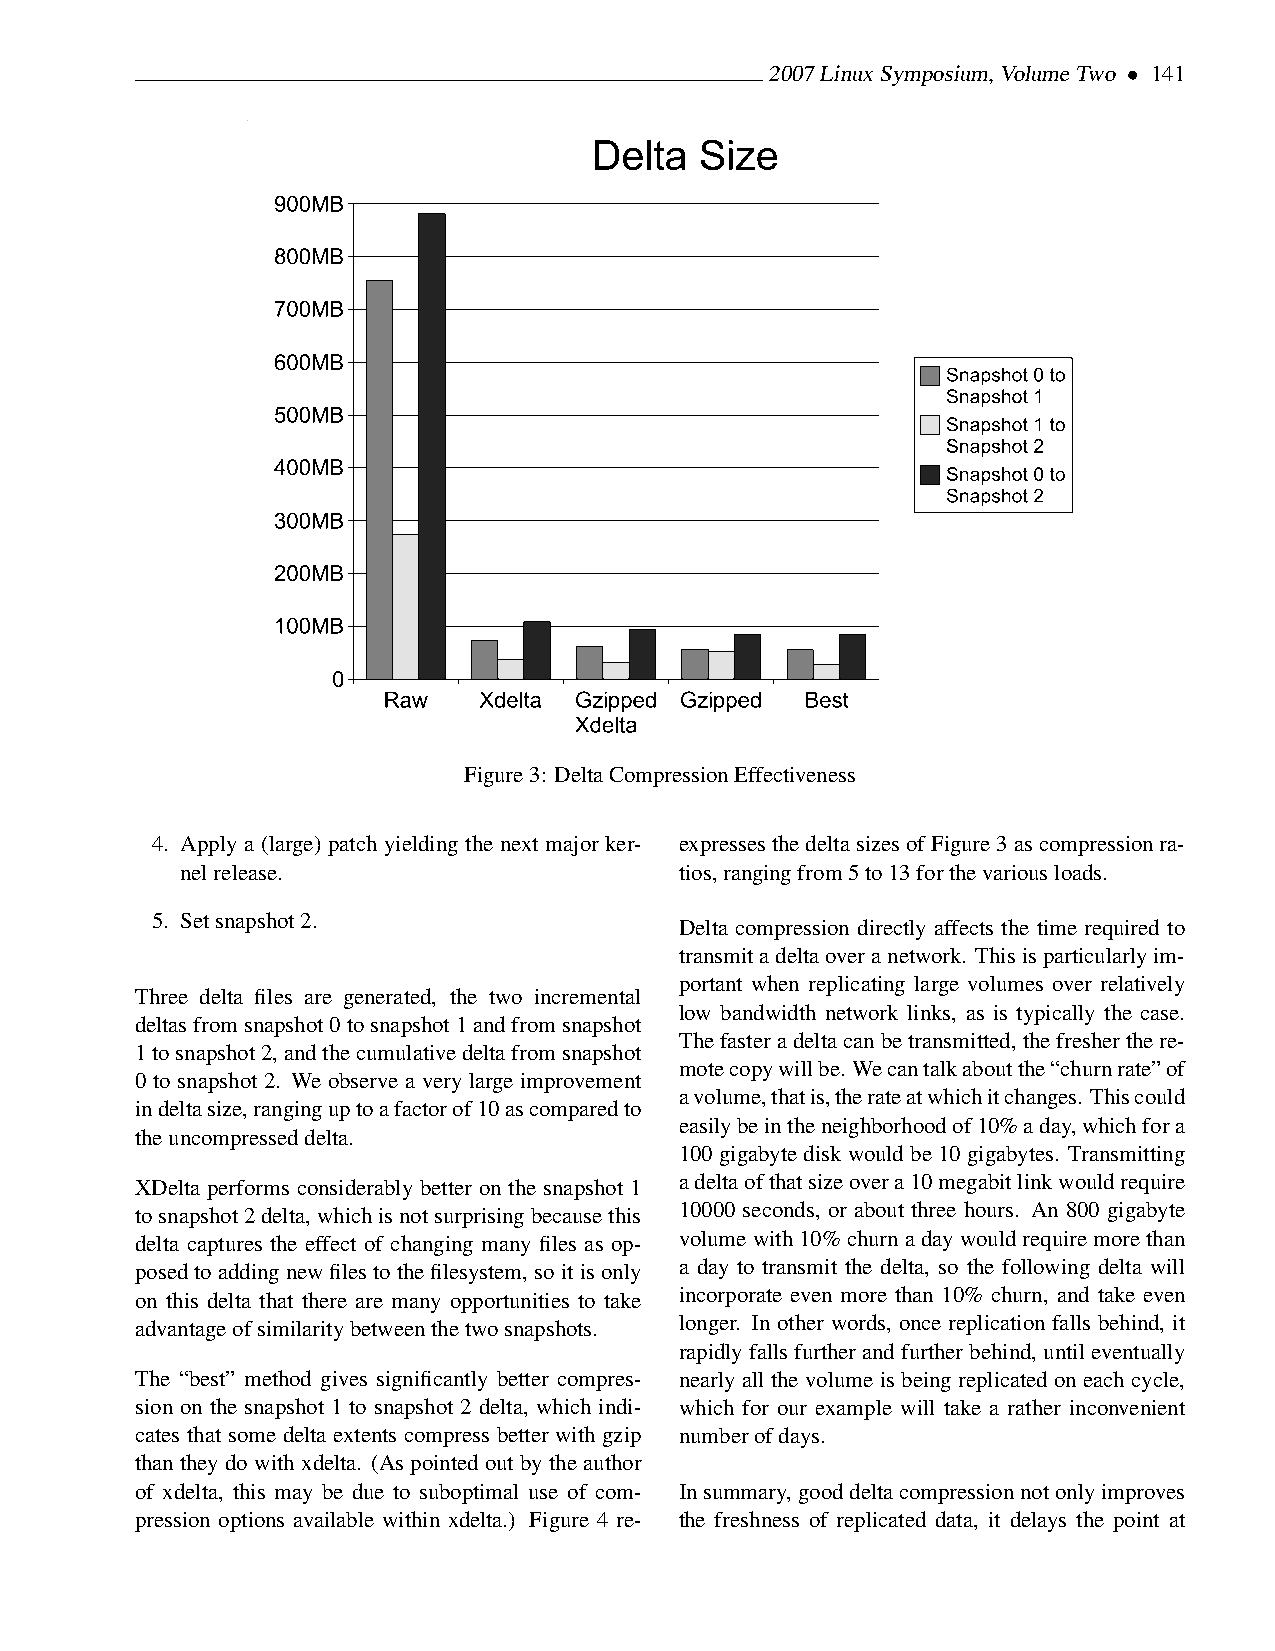
2007LinuxSymposium,VolumeTwo • 141
 Figure3: DeltaCompressionEffectiveness
 4. Apply a (large) patch yielding the next major ker- expressesthedeltasizesofFigure3ascompressionra-
 nelrelease.                      tios,rangingfrom5to13forthevariousloads.
 5. Setsnapshot2.
 Delta compression directly affects the time required to
 transmitadeltaoveranetwork. Thisisparticularlyim-
 portant when replicating large volumes over relatively
 Three delta files are generated, the two incremental
 low bandwidth network links, as is typically the case.
 deltasfromsnapshot0tosnapshot1andfromsnapshot
 Thefasteradeltacanbetransmitted, thefresherthere-
 1tosnapshot2,andthecumulativedeltafromsnapshot
 motecopywillbe. Wecantalkaboutthe“churnrate”of
 0 to snapshot 2. We observe a very large improvement
 avolume,thatis,therateatwhichitchanges. Thiscould
 indeltasize,ranginguptoafactorof10ascomparedto
 easilybeintheneighborhoodof10%aday,whichfora
 theuncompresseddelta.
 100gigabytediskwouldbe10gigabytes. Transmitting
 XDelta performs considerably better on the snapshot 1 adeltaofthatsizeovera10megabitlinkwouldrequire
 tosnapshot2delta,whichisnotsurprisingbecausethis 10000 seconds, or about three hours. An 800 gigabyte
 delta captures the effect of changing many files as op- volumewith10%churnadaywouldrequiremorethan
 posedtoaddingnewfilestothefilesystem,soitisonly a day to transmit the delta, so the following delta will
 on this delta that there are many opportunities to take incorporate even more than 10% churn, and take even
 advantageofsimilaritybetweenthetwosnapshots. longer. In other words, once replication falls behind, it
 rapidlyfallsfurtherandfurtherbehind, untileventually
 The “best” method gives significantly better compres- nearly all the volume is being replicated on each cycle,
 sion on the snapshot 1 to snapshot 2 delta, which indi- which for our example will take a rather inconvenient
 cates that some delta extents compress better with gzip numberofdays.
 than they do with xdelta. (As pointed out by the author
 of xdelta, this may be due to suboptimal use of com- Insummary,gooddeltacompressionnotonlyimproves
 pression options available within xdelta.) Figure 4 re- the freshness of replicated data, it delays the point at